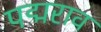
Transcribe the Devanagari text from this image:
पद्मराव